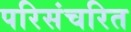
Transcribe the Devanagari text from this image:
परिसंचरित